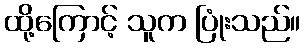
ထို့ကြောင့် သူက ပြုံးသည်။